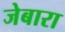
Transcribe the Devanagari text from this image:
जेबारा